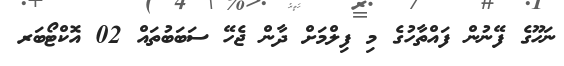
ނަހޫގެ ފޭނުން ފައްތާހުގެ މި ފިލްމަށް ދާން ޖެހޭ ސަބަބުތައް 02 އޮކްޓޯބަރ